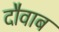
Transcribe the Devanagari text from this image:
दौवाब